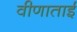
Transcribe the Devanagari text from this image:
वीणाताई